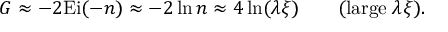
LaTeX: G \approx - 2 \mathrm { E i } ( - n ) \approx - 2 \ln n \approx 4 \ln ( \lambda \xi ) \qquad ( \mathrm { l a r g e } \; \lambda \xi ) .